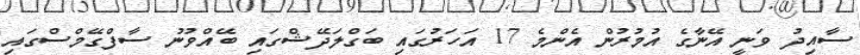
ސާއިދު ވަނީ އޭނާގެ އުމުރުން އެންމެ 17 އަހަރުގައި ބަގްލަދޭޝްގައި ބޭއްވުނު ސާފްގޭމްސްގައި